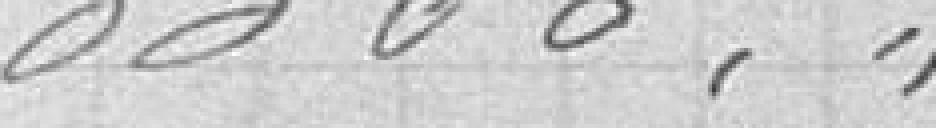
3300,89